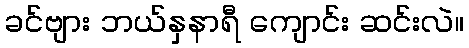
ခင်ဗျား ဘယ်နှနာရီ ကျောင်း ဆင်းလဲ။